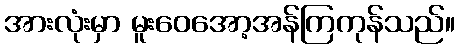
အားလုံးမှာ မူးဝေအော့အန်ကြကုန်သည်။